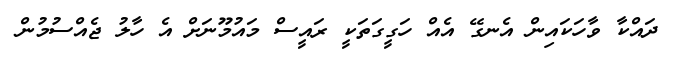
ދައްކާ ވާހަކައިން އެނގޭ އެއް ހަގީގަތަކީ ރައީސް މައުމޫނަށް އެ ހާލު ޖެއްސުމުން